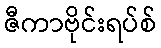
ဇီကာဗိုင်းရပ်စ်